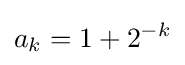
a_{k}=1+2^{-k}